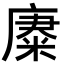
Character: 𢊪